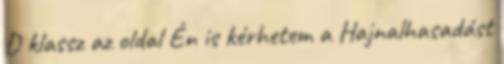
D klassz az oldal Én is kérhetem a Hajnalhasadást